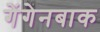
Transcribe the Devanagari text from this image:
गेंगेनबाक